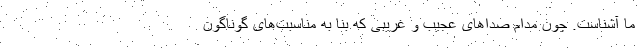
ما آشناست. چون مدام صداهای عجیب و غریبی که بنا به مناسبت‌های گوناگون